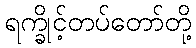
ရက္ခိုင့်တပ်တော်တို့